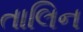
તાલિન